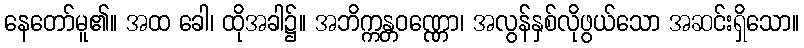
နေတော်မူ၏။ အထ ခေါ၊ ထိုအခါ၌။ အဘိက္ကန္တဝဏ္ဏော၊ အလွန်နှစ်လိုဖွယ်သော အဆင်းရှိသော။